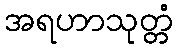
အရဟာသုတ္တံ